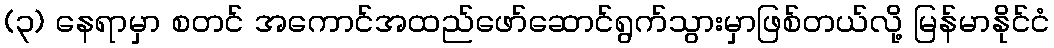
(၃) နေရာမှာ စတင် အကောင်အထည်ဖော်ဆောင်ရွက်သွားမှာဖြစ်တယ်လို့ မြန်မာနိုင်ငံ